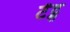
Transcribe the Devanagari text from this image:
टेंट्स